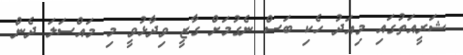
ޝަރީއަތުގައި މިއަދު ހެކި ބަސް ނެގުމަށް ގާޒީ ވިދާޅުވީ މި މައްސަލަ ދެން